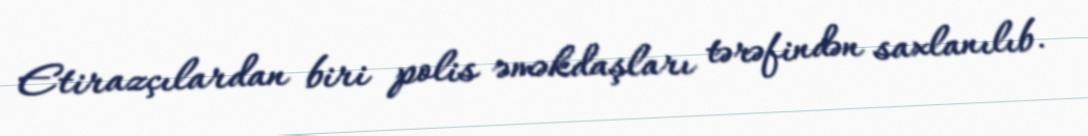
Etirazçılardan biri polis əməkdaşları tərəfindən saxlanılıb.